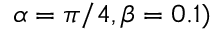
\alpha = \pi / 4 , \beta = 0 . 1 )